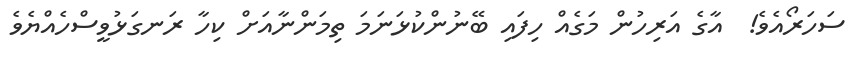
ސަހަރޯއެވެ!  އާގެ އަރިހުން މަގެއް ހިފައި ބޭނުންކުޅަނަމަ ތިމަންނާއަށް ކިހާ ރަނގަޅުވީސްހެއްޔެވެ